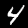
Digit: 4